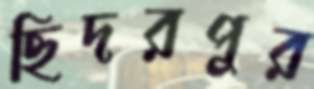
ছিদরপুর